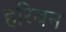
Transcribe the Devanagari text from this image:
हरिबन